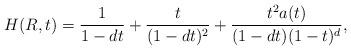
LaTeX: \begin{align*}H(R,t)=\frac{1}{1-dt}+\frac{t}{(1-dt)^2}+\frac{t^2a(t)}{(1-dt)(1-t)^d},\end{align*}